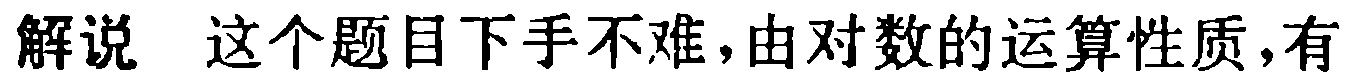
解说 这个题目下手不难，由对数的运算性质，有